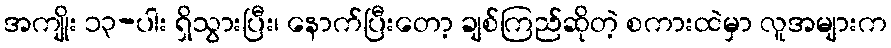
အကျိုး ၁၃-ပါး ရှိသွားပြီး၊ နောက်ပြီးတော့ ချစ်ကြည်ဆိုတဲ့ စကားထဲမှာ လူအများက